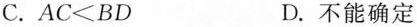
C.$$AC<BD$$ D.不能确定